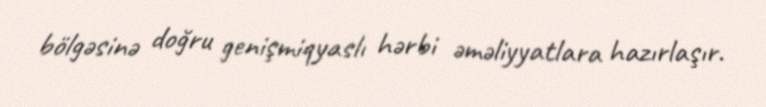
bölgəsinə doğru genişmiqyaslı hərbi əməliyyatlara hazırlaşır.